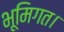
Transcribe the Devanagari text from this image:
भूमिगत।